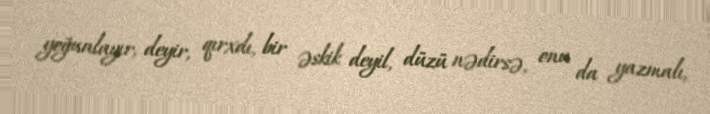
yoğunlayır, deyir, qırxdı, bir əskik deyil, düzü nədirsə, onu da yazmalı,